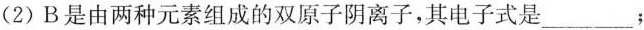
(2)B是由两种元素组成的双原子阴离子，其电子式是___；